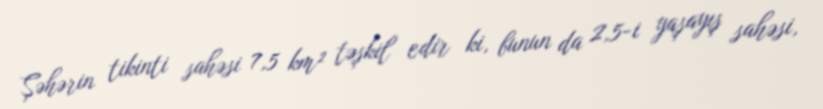
Şəhərin tikinti sahəsi 7,5 km² təşkil edir ki, bunun da 2,5-i yaşayış sahəsi,